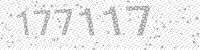
Solution: 177117